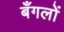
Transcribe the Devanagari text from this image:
बँगलों